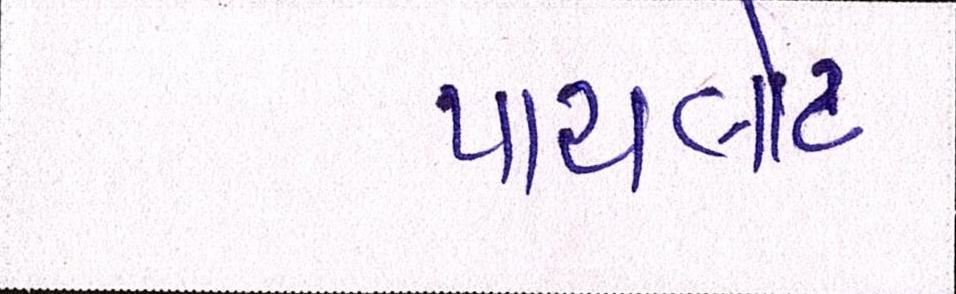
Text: પાયલોટ